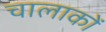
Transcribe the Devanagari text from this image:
चालाकों